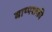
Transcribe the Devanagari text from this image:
बाष्पशक्ती